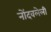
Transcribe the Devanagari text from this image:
नोेंदवलेली